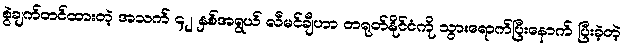
စွဲချက်တင်ထားတဲ့ အသက် ၄၂ နှစ်အရွယ် လီမင်ချီဟာ တရုတ်နိုင်ငံကို သွားရောက်ပြီးနောက် ပြီးခဲ့တဲ့